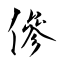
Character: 傪